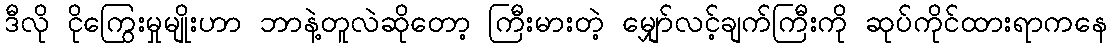
ဒီလို ငိုကြွေးမှုမျိုးဟာ ဘာနဲ့တူလဲဆိုတော့ ကြီးမားတဲ့ မျှော်လင့်ချက်ကြီးကို ဆုပ်ကိုင်ထားရာကနေ